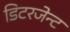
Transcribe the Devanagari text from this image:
डिटरजेन्ट